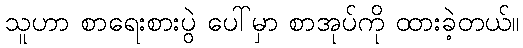
သူဟာ စာရေးစားပွဲ ပေါ်မှာ စာအုပ်ကို ထားခဲ့တယ်။